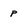
Character: p